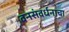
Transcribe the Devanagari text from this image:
वनसंवर्धनाचा